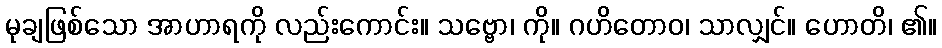
မုချဖြစ်သော အာဟာရကို လည်းကောင်း။ သဗ္ဗော၊ ကို။ ဂဟိတောဝ၊ သာလျှင်။ ဟောတိ၊ ၏။